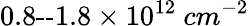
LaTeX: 0.8\textrm{--}1.8\times 10^{12}\ cm^{-2}